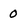
Character: 0